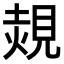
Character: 𧡂